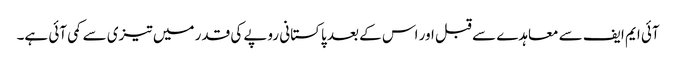
آئی ایم ایف سے معاہدے سے قبل اور اس کے بعد پاکستانی روپے کی قدر میں تیزی سے کمی آئی ہے۔